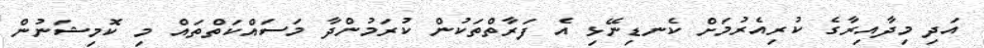
އަދި މިދާއިރާގެ ކުރިއެރުމަށް ކެނޑިނޭޅި އެ ފަރާތްތަކުން ކުރަމުންދާ މަސައްކަތްތައް މި ކޮމިޝަނުން